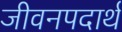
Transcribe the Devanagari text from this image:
जीवनपदार्थ